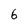
Character: 6